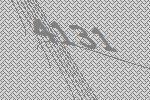
4131